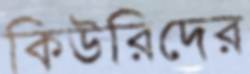
কিউরিদের